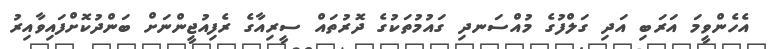
އެހެންވީމަ އަރަބި އަދި ގަލްފުގެ މުއްސަނދި ގައުމުތަކުގެ ދޮރުތައް ސީރިއާގެ ރެފިއުޖީންނަށް ބަންދުކޮށްފައިވާއިރު